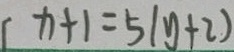
x + 1 = 5 ( y + 2 )